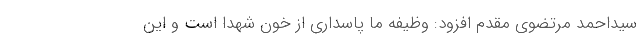
سیداحمد مرتضوی مقدم افزود: وظیفه ما پاسداری از خون شهدا است و این